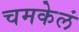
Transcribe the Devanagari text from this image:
चमकेलं